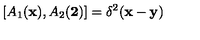
[ A _ { 1 } ( { \bf x } ) , A _ { 2 } ( { \bf 2 } ) ] = \delta ^ { 2 } ( { \bf x } - { \bf y } )